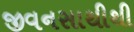
જીવનસાથીથી